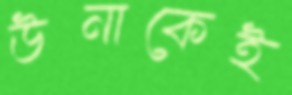
উনাকেই